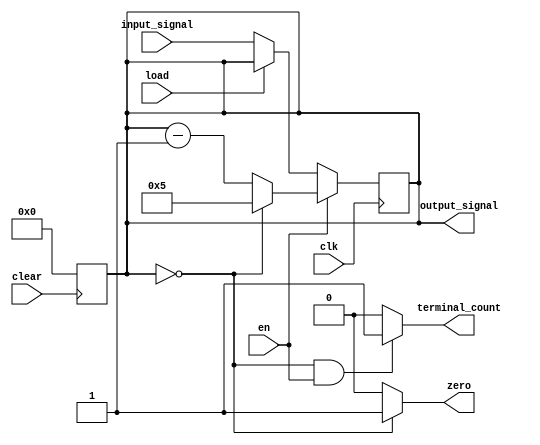
// it counts tens of seconds;
module counter_4bit_mod6(output_signal, terminal_count, zero, load, clk, clear, en, input_signal);

  // variables declaration
  input wire load, clk, clear, en;
  input wire [3:0] input_signal;
  output wire terminal_count, zero;
  output wire [3:0] output_signal;
  reg [3:0] current_state;
  
  assign output_signal = current_state;
  assign zero = ((current_state == 0)) ? 1 : 0;
  assign terminal_count = ((current_state == 0) & en) ? 1 : 0;
  
  always @(posedge clk)
    begin: counter
      
      if (en)
        begin
          if (current_state == 4'b0000)
            begin
              current_state <= 4'd5;
            end
          
          else
            begin
              current_state <= current_state - 1;
            end
        end
      
      	else
          begin
            if (!load)
              begin
                current_state <= input_signal;
              end
          end
    end
  
  always @(negedge clear)
    begin
      if (!clear)
        begin
          current_state <= 4'b0000;
        end
    end
endmodule